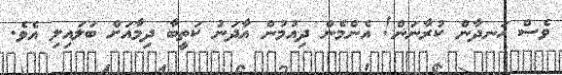
ވެސް ހަނދާން ކުރާނަން! އެންމެން ދިއުމުން އާދަނު ކަތީބާ ދިމާއަށް ބަލައިލި އެވެ.